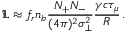
\mathfrak { L } \approx f _ { r } n _ { b } \frac { N _ { + } N _ { - } } { ( 4 \pi ) ^ { 2 } \sigma _ { \perp } ^ { 2 } } \frac { \gamma c \tau _ { \mu } } { R } \, .